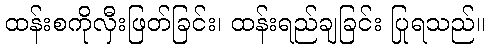
ထန်းစကိုလှီးဖြတ်ခြင်း၊ ထန်းရည်ချခြင်း ပြုရသည်။